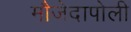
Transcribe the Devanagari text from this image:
मौजेदापोली